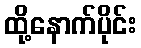
ထို့နောက်ပိုင်း